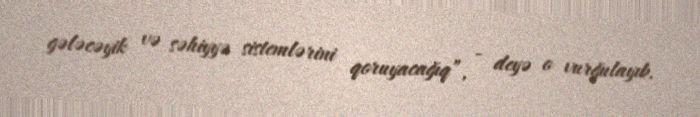
gələcəyik və səhiyyə sistemlərini qoruyacağıq”, - deyə o vurğulayıb.